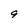
Character: 9